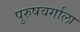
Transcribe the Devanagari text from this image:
पुरुषवर्गाला